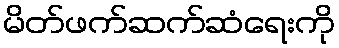
မိတ်ဖက်ဆက်ဆံရေးကို